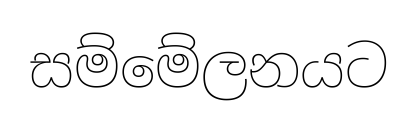
සම්මේලනයට